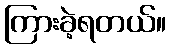
ကြားခဲ့ရတယ်။